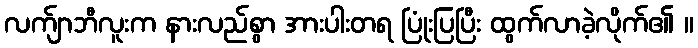
လက်ျာဘီလူးက နားလည်စွာ အားပါးတရ ပြုံးပြပြီး ထွက်လာခဲ့လိုက်၏ ။